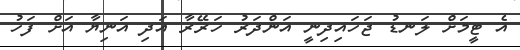
އެ ޓީމަށް ލަނޑު ޖަހައިދިނީ އަންދަރު ހަރޭރާ އަދި އަނިޔާ އަށް ފަހު